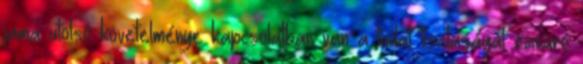
jama utolsó követelménye kapcsolatban van a tudat tisztaságát zavaró